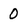
Character: 0